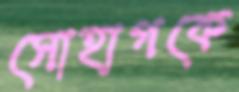
সোহাগকে